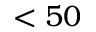
< 5 0